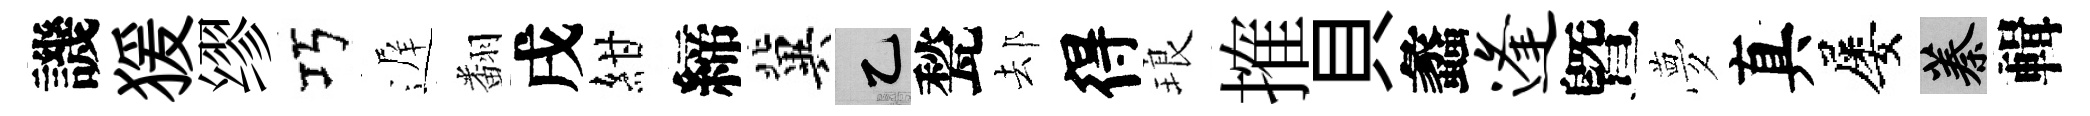
譏猨缪巧遅翻戌紺締冀乙甃𨚫得琅搉貝蠡逢曁夢真屡蓁輯